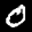
Label: 0